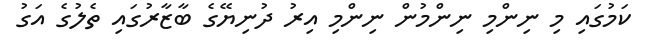
ކަމުގައި މި ނިންމި ނިންމުން ނިންމި އިރު ދުނިޔޭގެ ބާޒާރުގައި ތެލުގެ އަގު